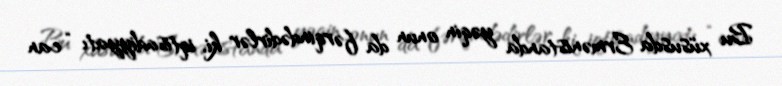
Bu xüsusda Ermənistanda yəqin onun da fərqindədirlər ki, iqtisadiyyatı “can